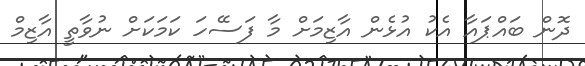
ދޮން ބައްޕައާ އެކު އުޅެން އާޒިމަށް މާ ފަސޭހަ ކަމަކަށް ނުވާތީ އާޒިމް